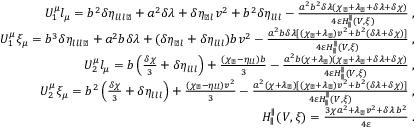
\begin{array} { r l r } & { } & { U _ { 1 } ^ { \mu } l _ { \mu } = b ^ { 2 } \delta \eta _ { l l l \perp } + a ^ { 2 } \delta \lambda + \delta \eta _ { \perp l } v ^ { 2 } + b ^ { 2 } \delta \eta _ { l l l } - \frac { a ^ { 2 } b ^ { 2 } \delta \lambda ( \chi _ { \perp } + \lambda _ { \perp } + \delta \lambda + \delta \chi ) } { 4 \varepsilon H _ { \parallel } ^ { \parallel } ( V , \xi ) } \; , } \\ & { } & { U _ { 1 } ^ { \mu } \xi _ { \mu } = b ^ { 3 } \delta \eta _ { l l l \perp } + a ^ { 2 } b \delta \lambda + ( \delta \eta _ { \perp l } + \delta \eta _ { l l l } ) b v ^ { 2 } - \frac { a ^ { 2 } b \delta \lambda [ ( \chi _ { \perp } + \lambda _ { \perp } ) v ^ { 2 } + b ^ { 2 } ( \delta \lambda + \delta \chi ) ] } { 4 \varepsilon H _ { \parallel } ^ { \parallel } ( V , \xi ) } \; , } \\ & { } & { U _ { 2 } ^ { \mu } l _ { \mu } = b \left( \frac { \delta \chi } { 3 } + \delta \eta _ { l l l } \right) + \frac { ( \chi _ { \perp } - \eta _ { l l } ) b } { 3 } - \frac { a ^ { 2 } b ( \chi + \lambda _ { \perp } ) ( \chi _ { \perp } + \lambda _ { \perp } + \delta \lambda + \delta \chi ) } { 4 \varepsilon H _ { \parallel } ^ { \parallel } ( V , \xi ) } \; , } \\ & { } & { U _ { 2 } ^ { \mu } \xi _ { \mu } = b ^ { 2 } \left( \frac { \delta \chi } { 3 } + \delta \eta _ { l l l } \right) + \frac { ( \chi _ { \perp } - \eta _ { l l } ) v ^ { 2 } } { 3 } - \frac { a ^ { 2 } ( \chi + \lambda _ { \perp } ) [ ( \chi _ { \perp } + \lambda _ { \perp } ) v ^ { 2 } + b ^ { 2 } ( \delta \lambda + \delta \chi ) ] } { 4 \varepsilon H _ { \parallel } ^ { \parallel } ( V , \xi ) } \; , } \\ & { } & { H _ { \parallel } ^ { \parallel } ( V , \xi ) = \frac { 3 \chi a ^ { 2 } + \lambda _ { \perp } v ^ { 2 } + \delta \lambda \, b ^ { 2 } } { 4 \varepsilon } \; . } \end{array}